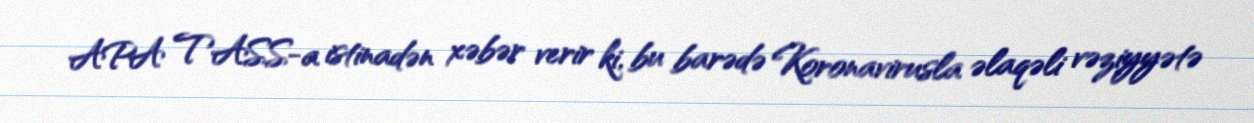
APA TASS-a istinadən xəbər verir ki, bu barədə Koronavirusla əlaqəli vəziyyətə